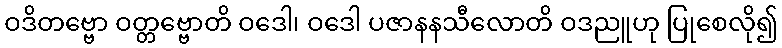
ဝဒိတဗ္ဗော ဝတ္တဗ္ဗောတိ ဝဒေါ၊ ဝဒေါ ပဇာနနသီလောတိ ဝဒညူဟု ပြုစေလို၍